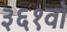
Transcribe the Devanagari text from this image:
३६१वॉ